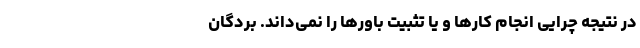
در نتیجه چراییِ انجام کارها و یا تثبیت باورها را نمی‌داند. بردگان